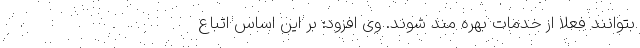
بتوانند فعلاً از خدمات بهره مند شوند. وی افزود: بر این اساس اتباع